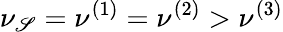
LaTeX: \nu_{\mathscr{S}}=\nu^{(1)}=\nu^{(2)}>\nu^{(3)}